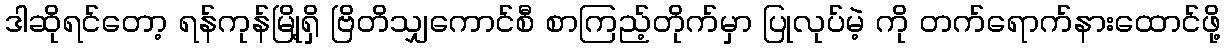
ဒါဆိုရင်တော့ ရန်ကုန်မြို့ရှိ ဗြိတိသျှကောင်စီ စာကြည့်တိုက်မှာ ပြုလုပ်မဲ့ ကို တက်ရောက်နားထောင်ဖို့